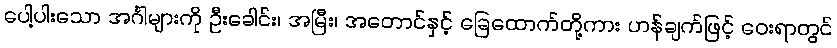
ပေါ့ပါးသော အင်္ဂါများကို ဦးခေါင်း၊ အမြီး၊ အတောင်နှင့် ခြေထောက်တို့ကား ဟန်ချက်ဖြင့် ဝေးရာတွင်